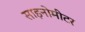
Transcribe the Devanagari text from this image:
साइनोमीटर